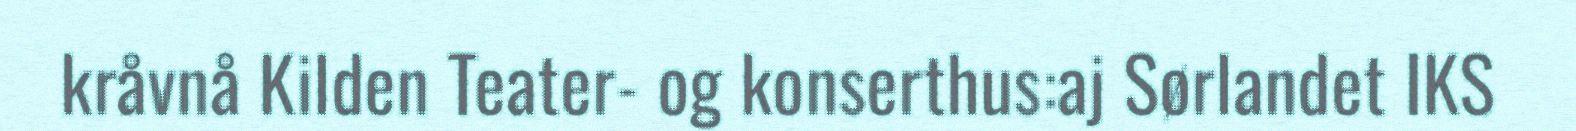
kråvnå Kilden Teater- og konserthus:aj Sørlandet IKS